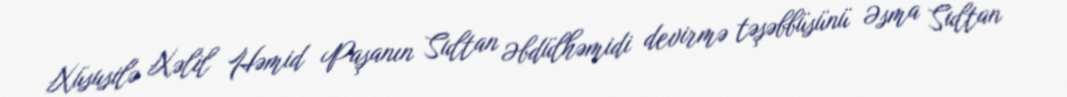
Xüsusilə Xəlil Həmid Paşanın Sultan Əbdülhəmidi devirmə təşəbbüsünü Əsma Sultan